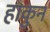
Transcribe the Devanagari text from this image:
हाकुन